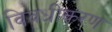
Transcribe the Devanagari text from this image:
विवधीकरण